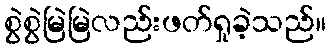
စွဲစွဲမြဲမြဲလည်းဖတ်ရှုခဲ့သည်။